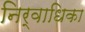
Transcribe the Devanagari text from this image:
निर्वाधिका